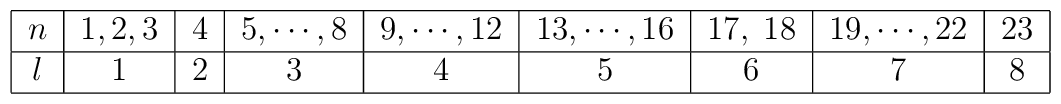
\begin{tabular}{|c|c|c|c|c|c|c|c|c|}\hline$n$ & $1,2,3$ & $4$ & $5,\cdots,8$ & $9,\cdots,12$ & $13,\cdots,16$ & $17,\;18$& $19,\cdots,22$ & $23$ \\ \hline$l$ & $1$ & $2$ & $3$ & $4$ & $5$ & $6$ & $7$ & $8$ \\ \hline\end{tabular}